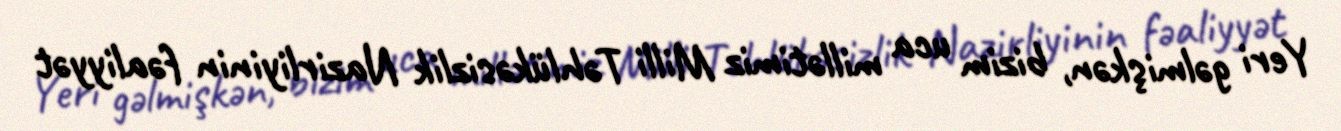
Yeri gəlmişkən, bizim uca millətimiz Milli Təhlükəsizlik Nazirliyinin fəaliyyət